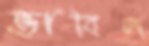
ভাবিল